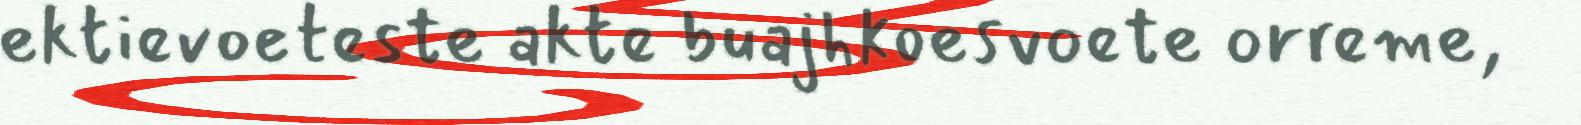
ektievoeteste akte buajhkoesvoete orreme,